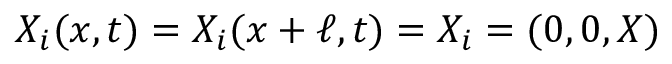
X _ { i } ( x , t ) = X _ { i } ( x + \ell , t ) = X _ { i } = ( 0 , 0 , X )